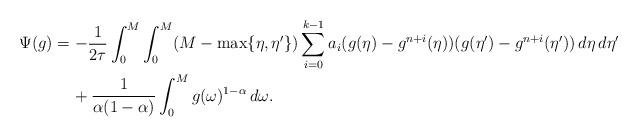
LaTeX: \begin{align*} \Psi(g) &= -\frac{1}{2\tau}\int_0^M\int_0^M(M-\max\{\eta,\eta'\})\sum_{i=0}^{k-1}a_i(g(\eta)-g^{n+i}(\eta))(g(\eta')-g^{n+i}(\eta')) \, d\eta\,d\eta' \\&\phantom{xx}{}+ \frac{1}{\alpha(1-\alpha)}\int_0^M g(\omega)^{1-\alpha}\, d\omega. \end{align*}